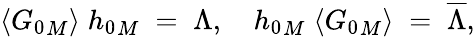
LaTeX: \langle{G_{0}}_{M}\rangle\; {h_{0}}_{M}\; =\; \Lambda,\quad{h_{0}}_{M}\; \langle{G_{0}}_{M}\rangle\; =\; \overline{{\Lambda}},